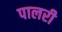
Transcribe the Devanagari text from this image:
पालरी